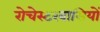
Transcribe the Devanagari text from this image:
रोचेस्टरवासियों